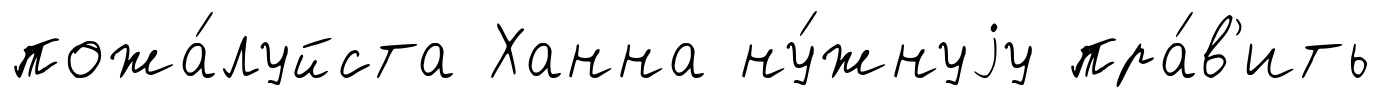
пожа́луйста Ханна ну́жнуjу пра́в'ить